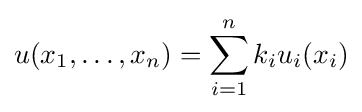
u(x_{1},\dots ,x_{n})=\sum _{i=1}^{n}{k_{i}u_{i}(x_{i})}